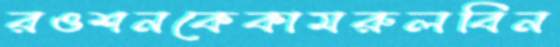
রওশনকেকামরুলবিন